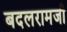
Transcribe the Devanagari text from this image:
बदलरामजी